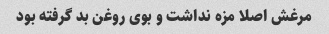
مرغش اصلا مزه نداشت و بوی روغن بد گرفته بود